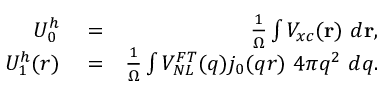
\begin{array} { r l r } { U _ { 0 } ^ { h } } & { { } = } & { \frac { 1 } { \Omega } \int V _ { x c } ( { \bf r } ) ~ d { \bf r } , } \\ { U _ { 1 } ^ { h } ( r ) } & { { } = } & { \frac { 1 } { \Omega } \int V _ { N L } ^ { F T } ( q ) j _ { 0 } ( q r ) ~ 4 \pi q ^ { 2 } ~ d q . } \end{array}